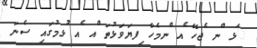
ަޅ ްނ ެޖހޭ ެއ ްނމެހާ ިފޔަވަޅުތަ ްއ ެއ ުޅމުގައި ސެނަ